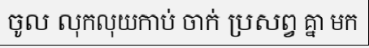
ចូល លុកលុយកាប់ ចាក់ ប្រសព្វ គ្នា មក